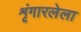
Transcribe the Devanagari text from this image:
शृंगारलेला